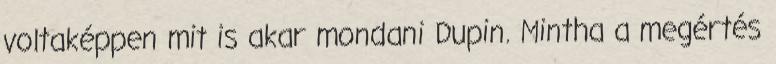
voltaképpen mit is akar mondani Dupin. Mintha a megértés